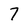
Character: 7